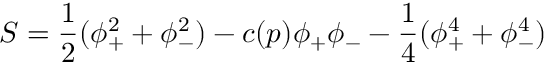
S = { \frac { 1 } { 2 } } ( \phi _ { + } ^ { 2 } + \phi _ { - } ^ { 2 } ) - c ( p ) \phi _ { + } \phi _ { - } - { \frac { 1 } { 4 } } ( \phi _ { + } ^ { 4 } + \phi _ { - } ^ { 4 } )